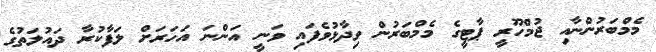
މެމްބަރުންނާއި ޖުމްހޫރީ ޕާޓީގެ މެމްބަރުން ވިދާޅުވެފައި ވަނީ އަންނަ އަހަރަށް ލަފާކުރާ ދައުލަތުގެ